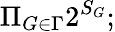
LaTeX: \Pi_{G\in\Gamma}2^{S_{G}};